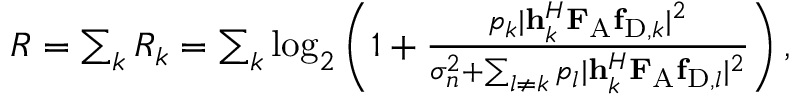
\begin{array} { r } { R = \sum _ { k } R _ { k } = \sum _ { k } \log _ { 2 } \left( 1 + \frac { p _ { k } | { \bf { h } } _ { k } ^ { H } { \bf { F } } _ { \mathrm { { A } } } { \bf { f } } _ { { \mathrm { D } } , k } | ^ { 2 } } { \sigma _ { n } ^ { 2 } + \sum _ { l \neq k } p _ { l } | { \bf { h } } _ { k } ^ { H } { \bf { F } } _ { \mathrm { { A } } } { \bf { f } } _ { { \mathrm { D } } , l } | ^ { 2 } } \right) , } \end{array}